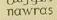
nawras